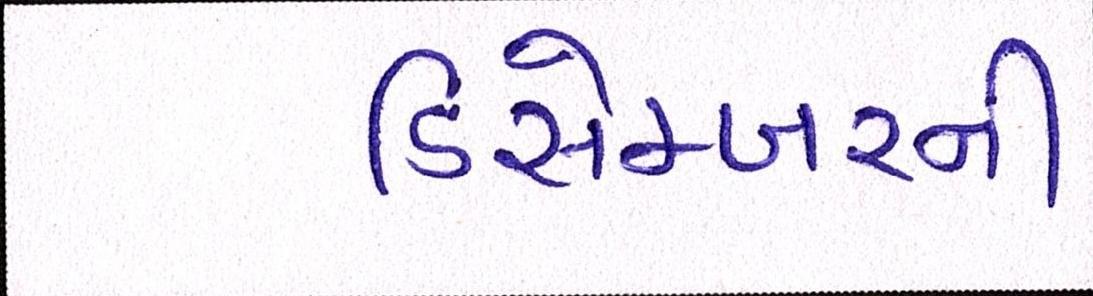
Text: ડિસેમ્બરની